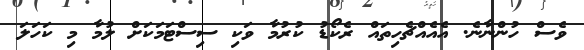
ވެސް ހުންނާނެ. އެއެއްޗެހިތައް ރެކޯޑު ކުރުމާ ވަކި ސިސްޓަމަކަށް ލުމާ މި ކަހަލަ